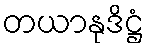
တယာနုဒိဋ္ဌံ